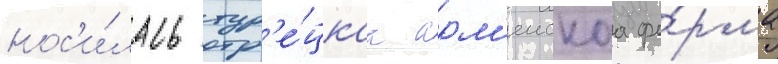
нос'и́лась тур'е́цкаа арм'еискаа фо́рма